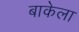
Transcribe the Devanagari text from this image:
बाकेला